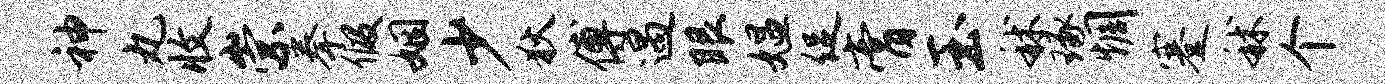
神丸收崇拳假姻少狄傅遇眼媪促膏玉秫琢惆蹇秫个